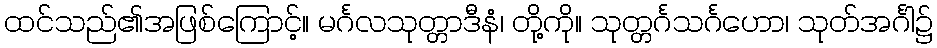
ထင်သည်၏အဖြစ်ကြောင့်။ မင်္ဂလသုတ္တာဒီနံ၊ တို့ကို။ သုတ္တင်္ဂသင်္ဂဟော၊ သုတ်အင်္ဂါ၌